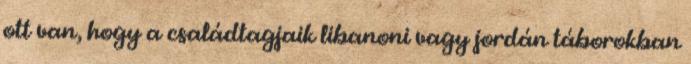
ott van, hogy a családtagjaik libanoni vagy jordán táborokban